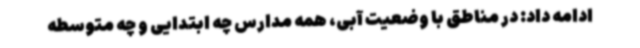
ادامه داد: در مناطق با وضعیت آبی، همه مدارس چه ابتدایی و چه متوسطه